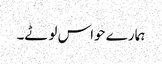
ہمارے حواس لوٹے۔